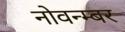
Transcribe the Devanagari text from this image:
नोवन्म्बर